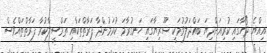
އިއްޔެ ދޯހާގައި ކުރިއަށްދިޔަ ބައްދަލުވުމަކީ ސޫރިޔާގައި ހަނގުރާމަ ކުރަމުންދާ ފަރާތްތަކާއި ތަމްސީލްކުރާ ފަރާތްތައްވެސް